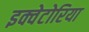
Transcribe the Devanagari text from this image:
इक्वेटोरिया